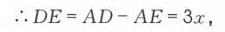
\(\therefore DE = AD - AE = 3x\)